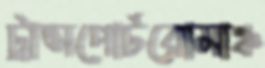
ট্রান্সপোর্টরোমাঞ্চ